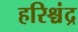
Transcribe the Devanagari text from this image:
हरिश्चंद्र